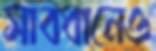
সাবধানেও